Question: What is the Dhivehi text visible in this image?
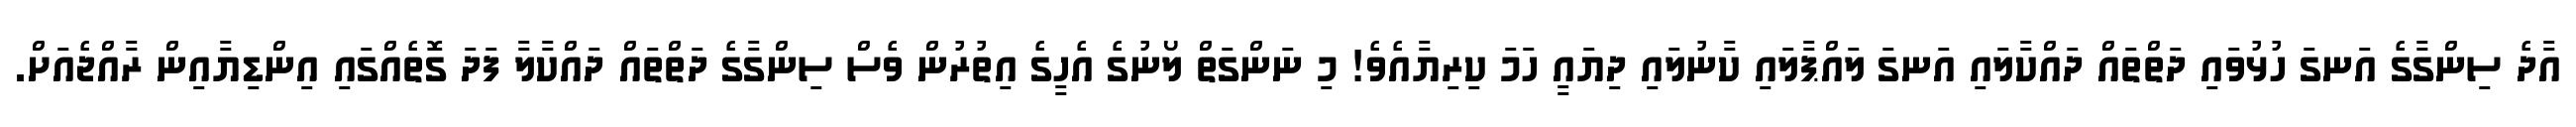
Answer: އާދެ ސިންގާގެ އަނގަ ހުޅުވައި ދަތްތައް ދައްކާލައި އަނގަ ލައްޕާލައި ކާނުލައި ދިޔައީ ހަމަ ކިރިޔާއެވެ! މި ނަންގަތް ލޯނުގެ އެހީގެ އިތުރުން ވެސް ސިންގާގެ ދަތްތައް ދައްކާލާ ފަދަ ގޮތެއްގައި އިންޑިޔާއިން ރާއްޖެއަށް.